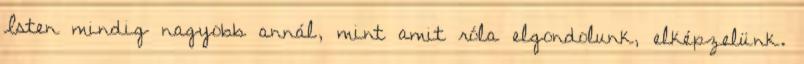
Isten mindig nagyobb annál, mint amit róla elgondolunk, elképzelünk.